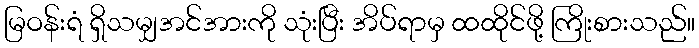
မြဝန်းရံ ရှိသမျှအင်အားကို သုံးပြီး အိပ်ရာမှ ထထိုင်ဖို့ ကြိုးစားသည်။